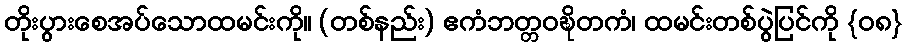
တိုးပွားစေအပ်သောထမင်းကို။ (တစ်နည်း) ဧကံဘတ္တဝဍ္ဎိတကံ၊ ထမင်းတစ်ပွဲပြင်ကို {၀၈}